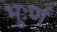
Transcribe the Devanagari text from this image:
भुःर्ण